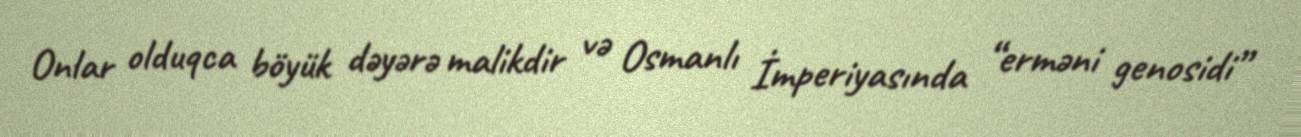
Onlar olduqca böyük dəyərə malikdir və Osmanlı İmperiyasında “erməni genosidi”